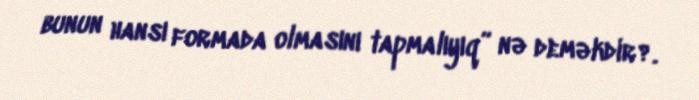
bunun hansı formada olmasını tapmalıyıq” nə deməkdir?.